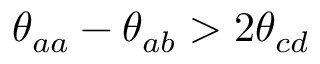
\theta _ { a a } - \theta _ { a b } > 2 \theta _ { c d }